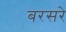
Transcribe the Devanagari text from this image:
बरसरे